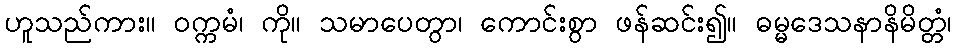
ဟူသည်ကား။ ဝက္ကမံ၊ ကို။ သမာပေတွာ၊ ကောင်းစွာ ဖန်ဆင်း၍။ ဓမ္မဒေသနာနိမိတ္တံ၊